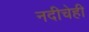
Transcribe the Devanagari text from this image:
नदीचेही